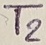
Text: T2